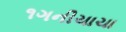
૧ગનીચાચા